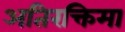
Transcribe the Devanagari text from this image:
अतिरक्तिमा